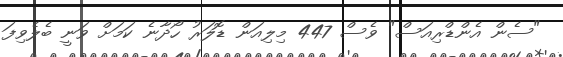
"ސެން އެންޑްރިއަސް" ވެސް 447 މިލިއަން ޑޮލަރު ހޯދާނެ ކަމަށް ވަނީ ބެލެވިފަ